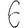
Digit: 6